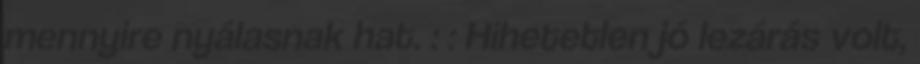
mennyire nyálasnak hat. : : Hihetetlen jó lezárás volt,